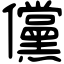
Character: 儻